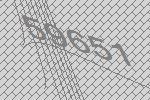
59651